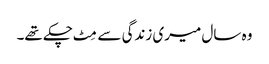
وہ سال میری زندگی سے مِٹ چکے تھے۔